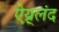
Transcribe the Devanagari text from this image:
ऐय्र्लंद